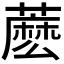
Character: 𧀋